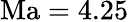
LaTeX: \mathrm{Ma}=4.25